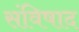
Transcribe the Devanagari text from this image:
संविषाद